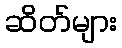
ဆိတ်များ